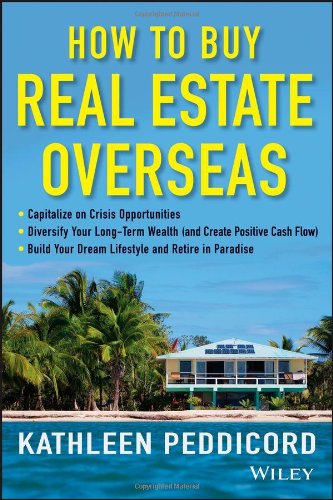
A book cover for How to Buy Real Estate Overseas; Kathleen Peddicord; Business & Money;